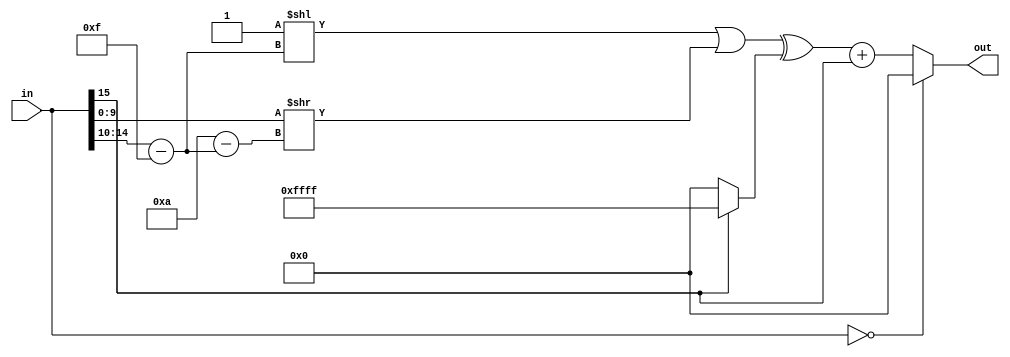
module decimal_extract (
    in,
    out
);
  input wire  [15:0] in;
  output wire [15:0] out;
  
  wire sign;
  wire [4:0] exponent;
  wire [9:0] decimal;
  
  assign exponent = in[14:10] - 5'd15; 
  assign decimal  = in[9:0] >> (5'd10 - exponent);
  assign sign = in[15];
  
//convert to 2's complement if negative
  assign out = in == 0? 0 : ((1 << exponent | decimal) ^ (sign ? 16'hffff:0)) + sign;
  
endmodule